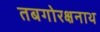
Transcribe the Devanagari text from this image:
तबगोरक्षनाथ